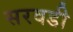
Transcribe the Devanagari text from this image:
सरवडी